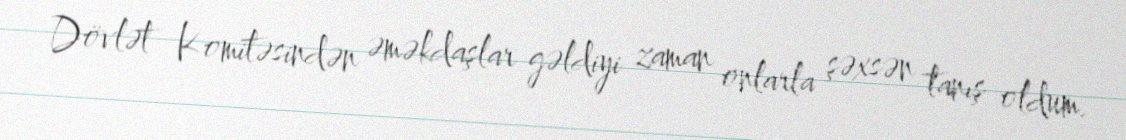
Dövlət Komitəsindən əməkdaşlar gəldiyi zaman onlarla şəxsən tanış oldum.